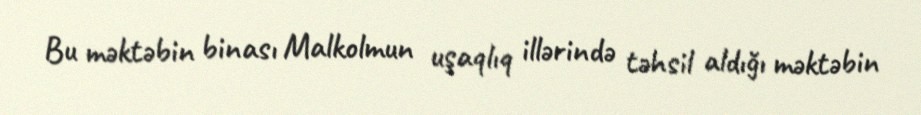
Bu məktəbin binası Malkolmun uşaqlıq illərində təhsil aldığı məktəbin